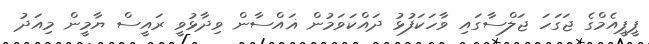
ޕީޕީއެމްގެ ޖަގަހަ ޖަލްސާގައި ވާހަކަފުޅު ދައްކަވަމުން ޣައްސާން ވިދާޅުވީ ރައީސް ޔާމީން މިއަދު